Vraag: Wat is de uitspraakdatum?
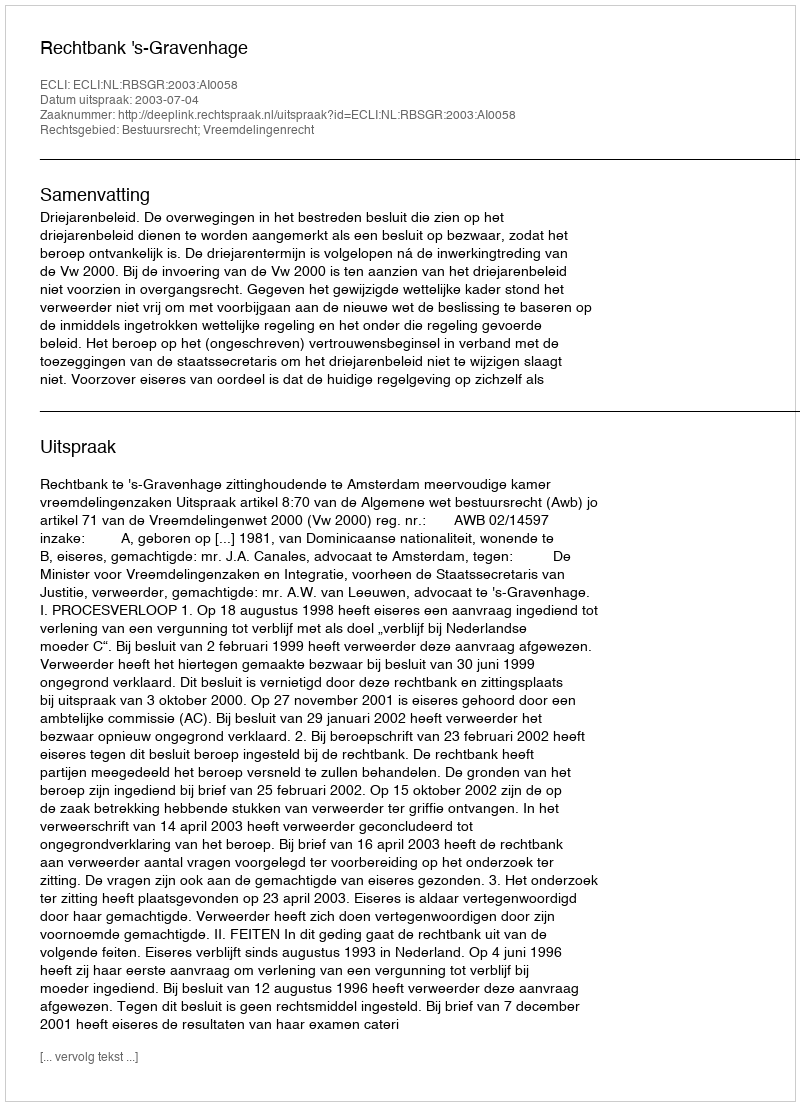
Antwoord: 2003-07-04